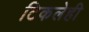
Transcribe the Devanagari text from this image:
टिकलेही